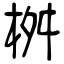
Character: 桝